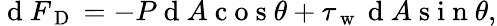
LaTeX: \mathrm{~d~}F_{\mathrm{~D~}}=-P\mathrm{~d~}A\mathrm{~c~o~s~}\theta+\tau_{\mathrm{~w~}}\mathrm{~d~}A\mathrm{~s~i~n~}\theta,